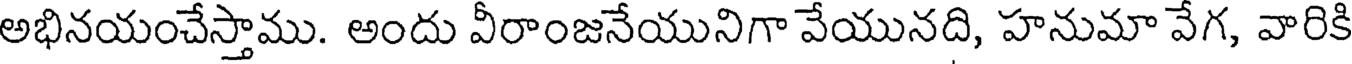
అభినయంచేస్తాము. అందు వీరాంజనేయునిగా వేయునది, హనుమా వేగ, వారికి